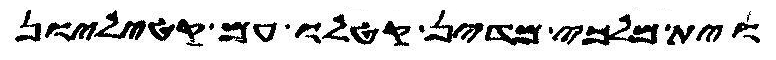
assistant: וית מלכי מדין קטלו עם קטיליון